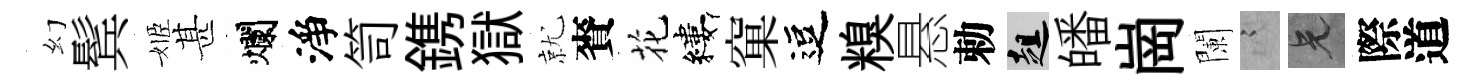
幻鬂姬甚爛淨笥鎸獄就賚花縷窠逗糗悬勅趄皤崗闌謭兄際道